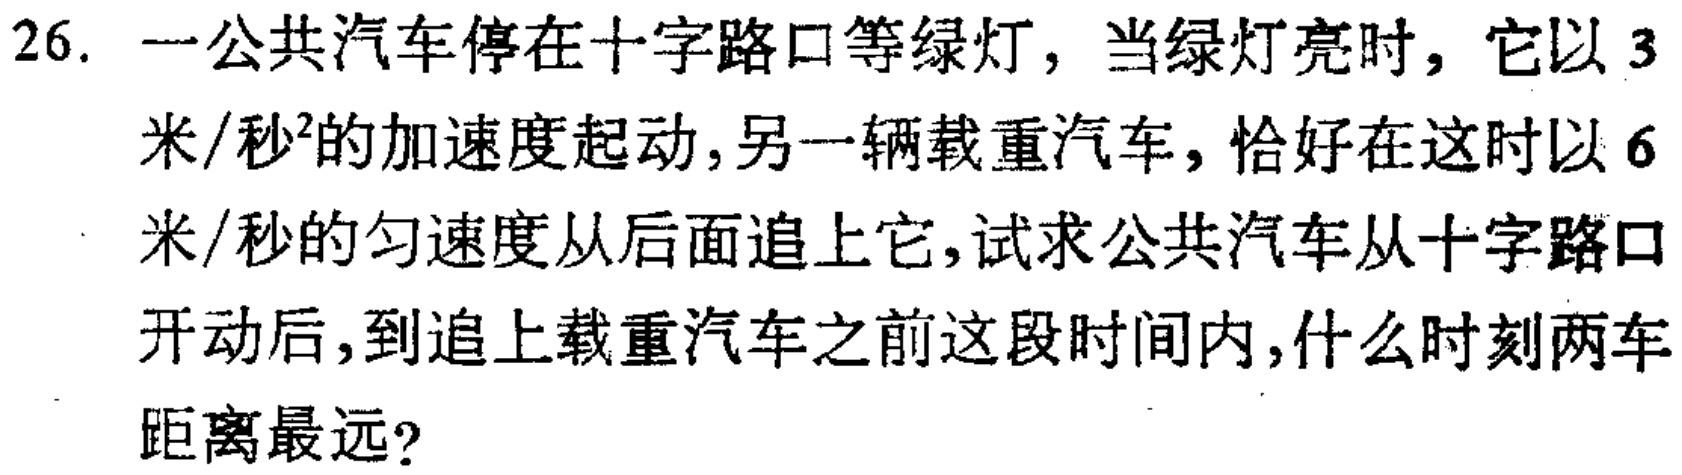
26. 一公共汽车停在十字路口等绿灯，当绿灯亮时，它以 3

米/秒²的加速度起动，另一辆载重汽车，恰好在这时以 6

米/秒的匀速度从后面追上它，试求公共汽车从十字路口

开动后，到追上载重汽车之前这段时间内，什么时刻两车

距离最远？